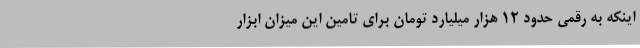
اینکه به رقمی حدود 12 هزار میلیارد تومان برای تامین این میزان ابزار